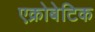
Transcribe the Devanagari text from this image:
एक्रोबेटिक